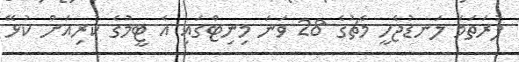
ފުރަތަމަ ލަނޑުޖެހީ މެޗުގެ 28 ވަނަ މިނިޓްގައި އެ ޓީމުގެ ކުރިއަށް ކުޅޭ